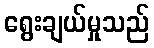
ရွေးချယ်မှုသည်